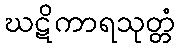
ဃဋိကာရသုတ္တံ